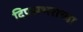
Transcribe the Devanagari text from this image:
दिपसभराच्या